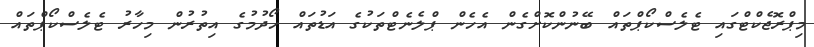
މިޕްރޮޖެކްޓްގައި ޓެލެސްކޯޕްތައް ބޭނުންކޮށްގެން އެހެން ޕްލެނެޓްތަކުގެ އަޑުތައް ހޯދުމުގެ އިތުރުން މިހާރު ޓެލެސްކޯޕްތައް